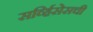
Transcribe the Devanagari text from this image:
सर्व्हिसेसची